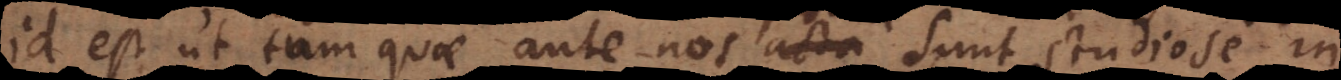
id est ut tum quae ante nos acta sunt, studiose i